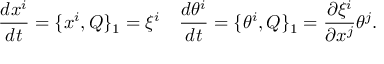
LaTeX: \frac { d x ^ { i } } { d t } = \{ x ^ { i } , Q \} _ { 1 } = \xi ^ { i } \quad \frac { d \theta ^ { i } } { d t } = \{ \theta ^ { i } , Q \} _ { 1 } = \frac { \partial \xi ^ { i } } { \partial x ^ { j } } \theta ^ { j } .